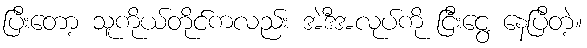
ပြီးတော့ သူကိုယ်တိုင်ကလည်း အဲဒီအလုပ်ကို ငြီးငွေ့ နေပြီတဲ့။